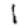
Digit: 1